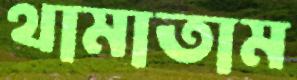
থামাতাম